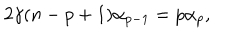
2 \gamma ( n - p + 1 ) \alpha _ { p - 1 } = p \alpha _ { p } ,